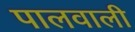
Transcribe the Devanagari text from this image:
पालवाली